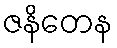
ဇနိတေန